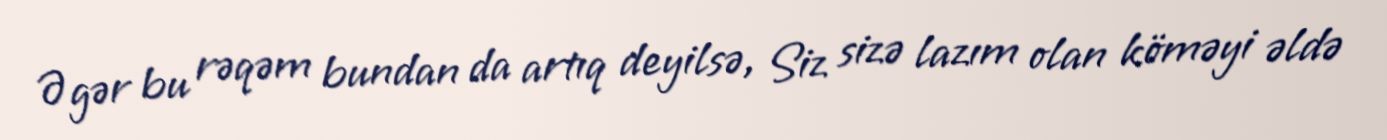
Əgər bu rəqəm bundan da artıq deyilsə, Siz sizə lazım olan köməyi əldə